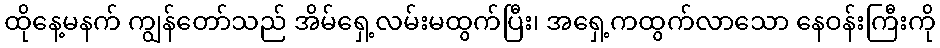
ထိုနေ့မနက် ကျွန်တော်သည် အိမ်ရှေ့လမ်းမထွက်ပြီး၊ အရှေ့ကထွက်လာသော နေဝန်းကြီးကို